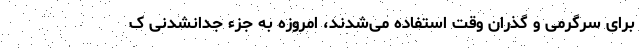
برای سرگرمی و گذران وقت استفاده می‌شدند، امروزه به جزء جدانشدنی ک